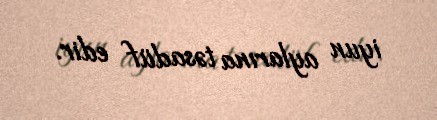
iyun aylarına təsadüf edir.